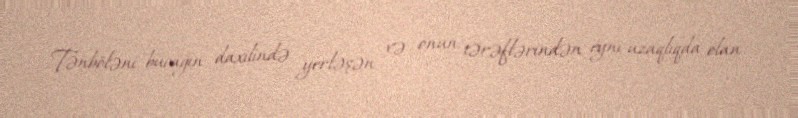
Tənböləni bucağın daxilində yerləşən və onun tərəflərindən eyni uzaqlıqda olan